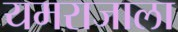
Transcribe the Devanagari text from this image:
यमराजाला